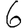
Digit: 6